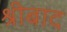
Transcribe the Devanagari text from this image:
श्रीबाद